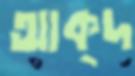
আক্দ